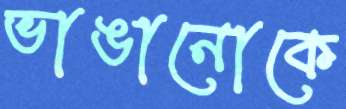
ভাঙানোকে